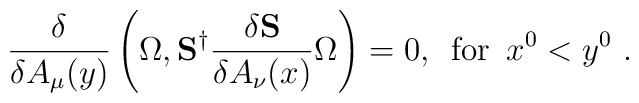
\frac{\delta}{\delta A_{\mu}(y)}\left(\Omega,{\bf S}^{\dagger}\frac{\delta {\bf S}}{\delta A_{\nu}(x)}\Omega\right)=0,\,\,\,{\rm for}\,\,\, x^0<y^0\,\,.